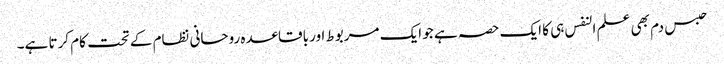
حبس دم بھی علم النفس ہی کا ایک حصہ ہے جو ایک مربوط اور باقاعدہ روحانی نظام کے تحت کام کرتا ہے۔